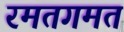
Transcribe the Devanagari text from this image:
रमतगमत